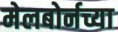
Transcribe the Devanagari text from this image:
मेलबोर्नच्या